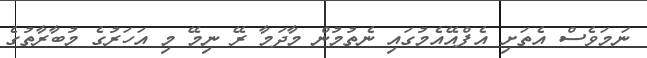
ނަމަވެސް އެތަށި އެފްއޭއެމުގައި ނެތުމުން މާދަމާ ރޭ ނިމޭ މި އަހަރުގެ މުބާރާތުގެ